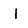
Character: 1